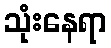
သုံးနေရာ